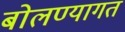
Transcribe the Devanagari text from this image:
बोलण्यागत